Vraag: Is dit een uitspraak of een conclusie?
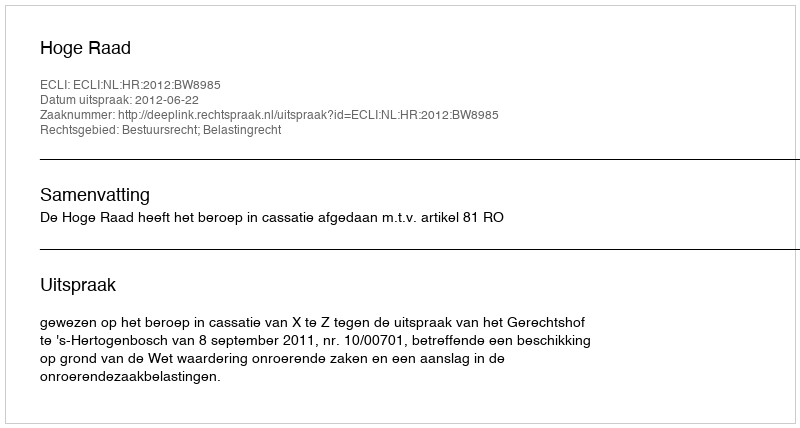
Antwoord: Uitspraak